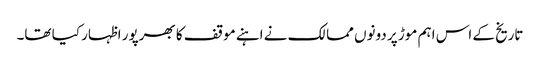
تاریخ کے اس اہم موڑ پر دونوں ممالک نے اہنے موقف کا بھرپور اظہار کیا تھا۔